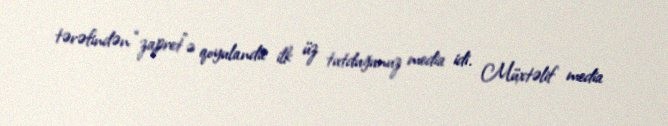
tərəfindən “zapret”ə qoyulanda ilk üz tutduğunuz media idi. Müxtəlif media